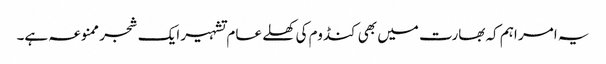
یہ امر اہم کہ بھارت میں بھی کنڈوم کی کھلے عام تشہیر ایک شجر ممنوعہ ہے۔